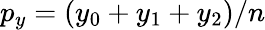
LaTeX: p_{y}=(y_{0}+y_{1}+y_{2})/n